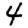
Digit: 4